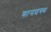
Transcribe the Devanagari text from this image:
बानप्रस्‍थ